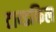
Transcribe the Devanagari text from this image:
टाय्डफिल